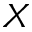
\boldsymbol { X }